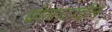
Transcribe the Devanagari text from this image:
वोलाटाईल